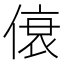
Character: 𫣐